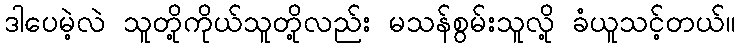
ဒါပေမဲ့လဲ သူတို့ကိုယ်သူတို့လည်း မသန်စွမ်းသူလို့ ခံယူသင့်တယ်။